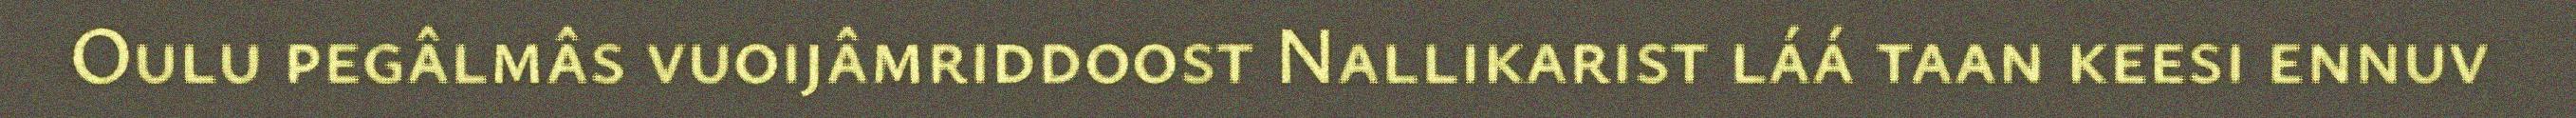
Oulu pegâlmâs vuoijâmriddoost Nallikarist láá taan keesi ennuv